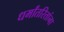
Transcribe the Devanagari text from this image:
धर्मांतरितांना